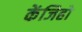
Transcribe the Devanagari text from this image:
केंजिहो